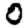
Digit: 0